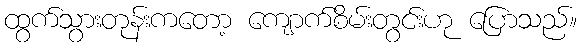
ထွက်သွားတုန်းကတော့ ကျောက်စိမ်းတွင်းဟု ပြောသည်။